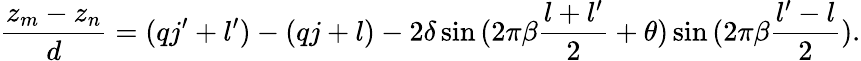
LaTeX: \frac{z_{m}-z_{n}}{d}=(qj^{\prime}+l^{\prime})-(qj+l)-2\delta\sin{(2\pi\beta\frac{l+l^{\prime}}{2}+\theta)}\sin{(2\pi\beta\frac{l^{\prime}-l}{2})}.